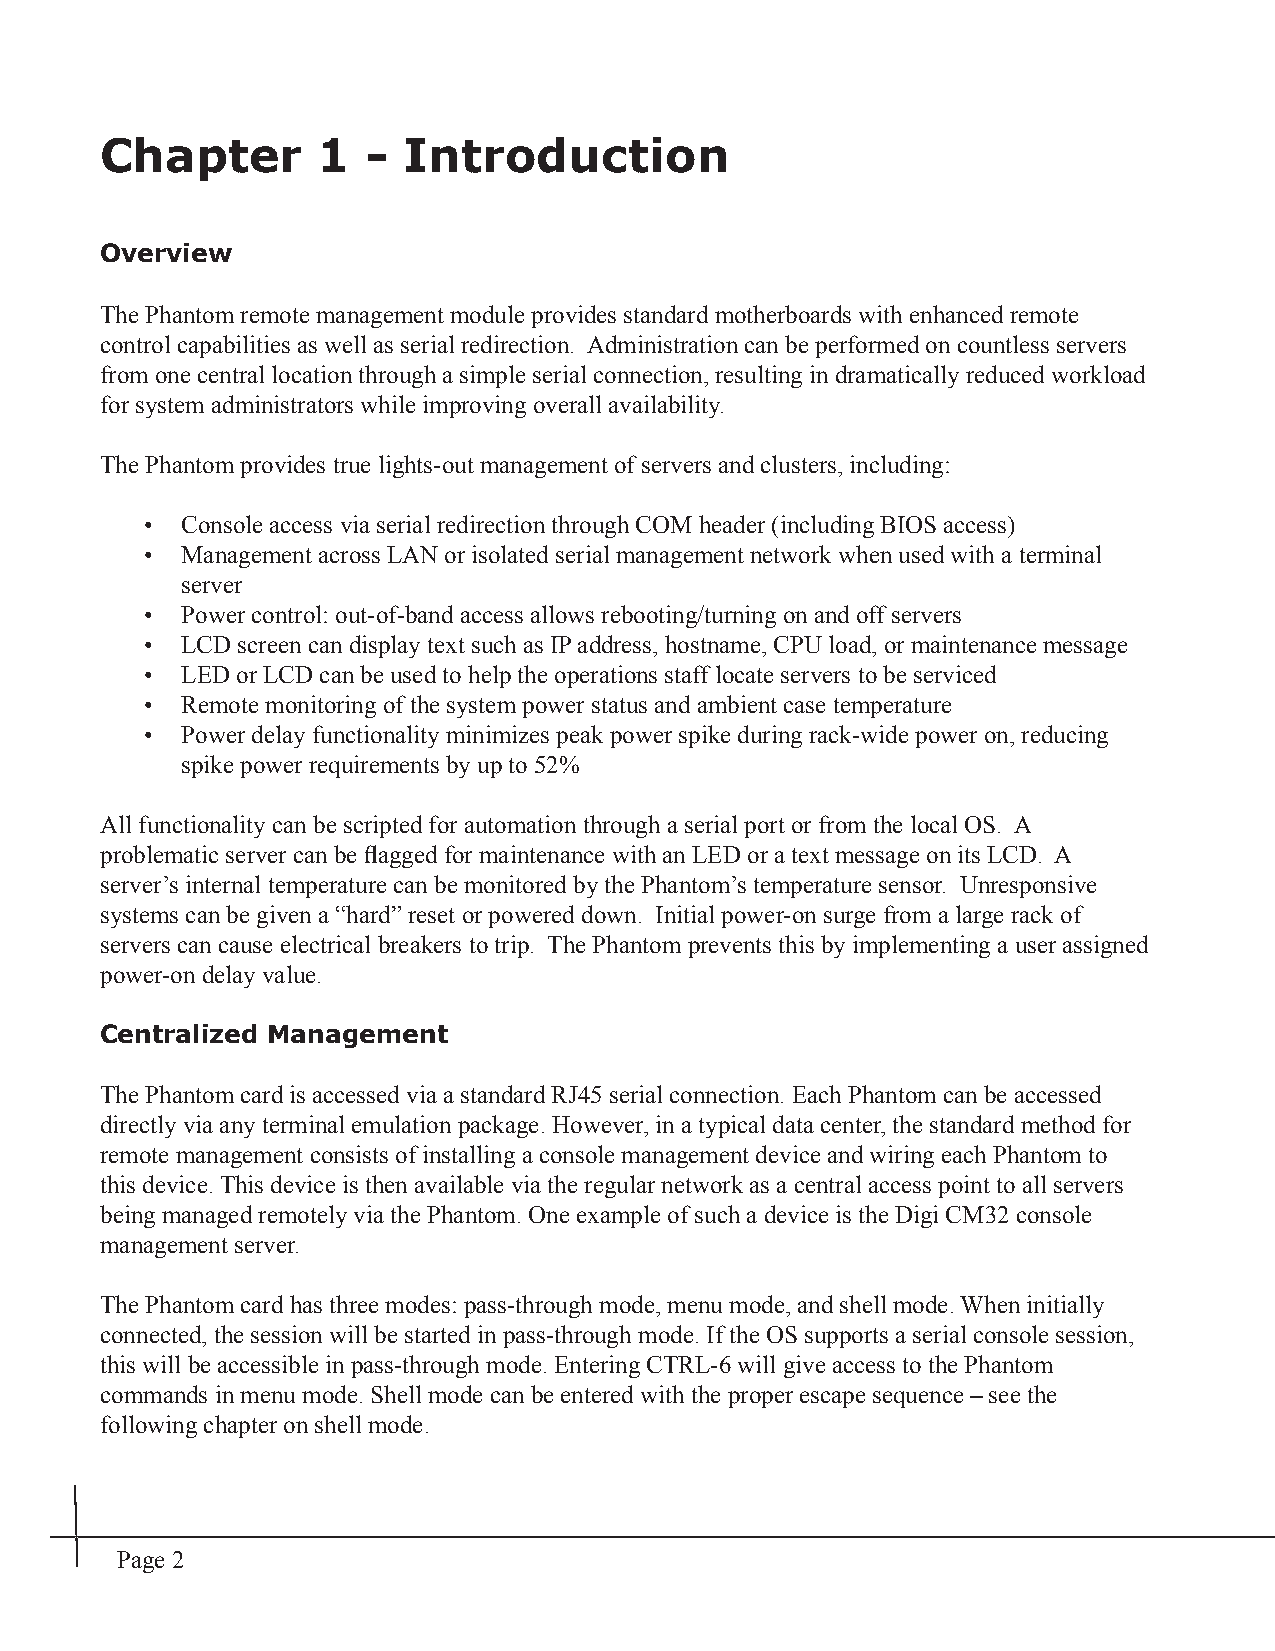
Chapter       1  -  Introduction
 Overview
 The Phantom remote management module provides standard motherboards with enhanced remote
 control capabilities as well as serial redirection. Administration can be performed on countless servers
 from one central location through a simple serial connection, resulting in dramatically reduced workload
 for system administrators while improving overall availability.
 The Phantom provides true lights-out management of servers and clusters, including:
 • Console access via serial redirection through COM header (including BIOS access)
 • Management across LAN or isolated serial management network when used with a terminal
 server
 • Power control: out-of-band access allows rebooting/turning on and off servers
 • LCD screen can display text such as IP address, hostname, CPU load, or maintenance message
 • LED or LCD can be used to help the operations staff locate servers to be serviced
 • Remote monitoring of the system power status and ambient case temperature
 • Power delay functionality minimizes peak power spike during rack-wide power on, reducing
 spike power requirements by up to 52%
 All functionality can be scripted for automation through a serial port or from the local OS. A
 problematic server can be fl agged for maintenance with an LED or a text message on its LCD. A
 server’s internal temperature can be monitored by the Phantom’s temperature sensor. Unresponsive
 systems can be given a “hard” reset or powered down. Initial power-on surge from a large rack of
 servers can cause electrical breakers to trip. The Phantom prevents this by implementing a user assigned
 power-on delay value.
 Centralized Management
 The Phantom card is accessed via a standard RJ45 serial connection. Each Phantom can be accessed
 directly via any terminal emulation package. However, in a typical data center, the standard method for
 remote management consists of installing a console management device and wiring each Phantom to
 this device. This device is then available via the regular network as a central access point to all servers
 being managed remotely via the Phantom. One example of such a device is the Digi CM32 console
 management server.
 The Phantom card has three modes: pass-through mode, menu mode, and shell mode. When initially
 connected, the session will be started in pass-through mode. If the OS supports a serial console session,
 this will be accessible in pass-through mode. Entering CTRL-6 will give access to the Phantom
 commands in menu mode. Shell mode can be entered with the proper escape sequence – see the
 following chapter on shell mode.
 Page 2